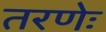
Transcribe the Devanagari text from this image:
तरणेः